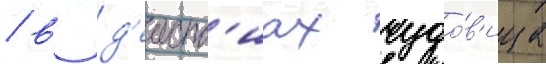
/ в д'еиств'иах чудо́в'ища